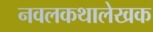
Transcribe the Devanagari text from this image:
नवलकथालेखक